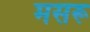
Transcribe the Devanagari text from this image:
मसरू